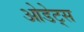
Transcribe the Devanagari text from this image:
ओडेट्स